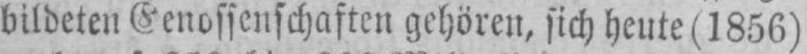
bildeten Genossenschaften gehören, sich heute (1856)